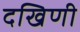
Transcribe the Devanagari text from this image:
दखिणी